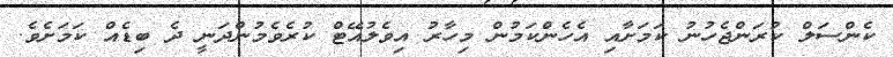
ކެންސަލް ކުރަންޖެހުނު ކަމަށާއި އެހެންކަމުން މިހާރު އިވެލުއޭޓް ކުރެވެމުންދަނީ ދެ ބިޑެއް ކަމަށެވެ.